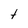
Character: t